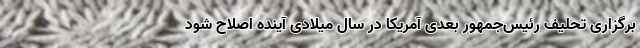
برگزاری تحلیف رئیس‌جمهور بعدی آمریکا در سال میلادی آینده اصلاح شود